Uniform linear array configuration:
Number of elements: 16
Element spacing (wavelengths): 0.5
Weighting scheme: binomial
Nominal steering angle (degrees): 60
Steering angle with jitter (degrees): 58.692
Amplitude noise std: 0.05
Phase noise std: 0.05

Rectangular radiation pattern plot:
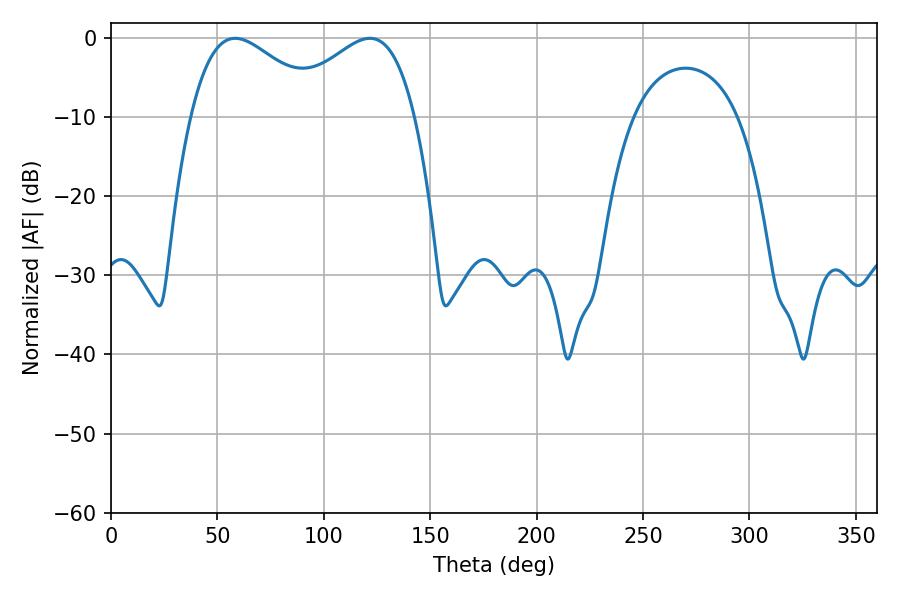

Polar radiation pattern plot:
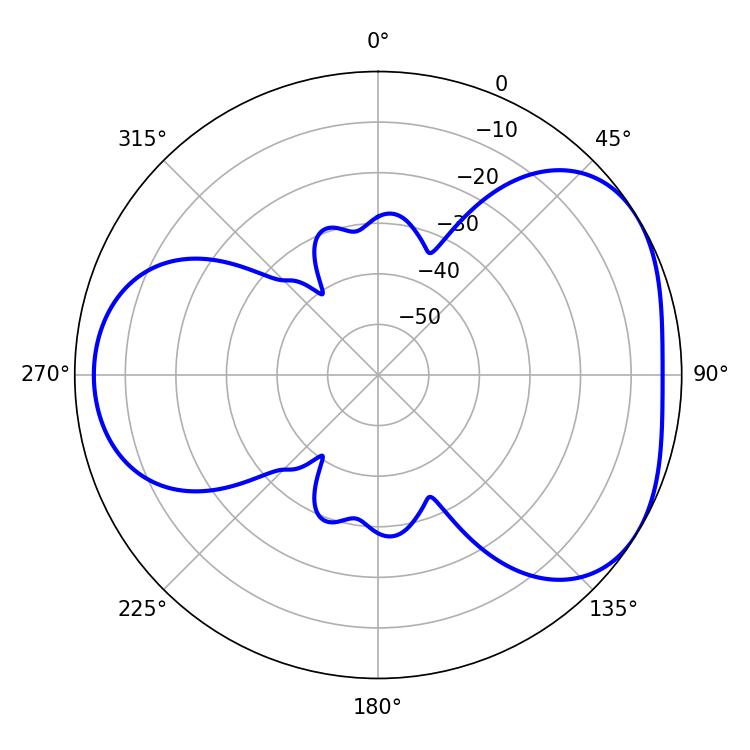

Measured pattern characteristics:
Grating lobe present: FALSE
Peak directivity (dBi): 4.133
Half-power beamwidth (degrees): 33.84
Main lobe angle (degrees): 58.32